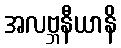
အလဗ္ဘနီယာနိ